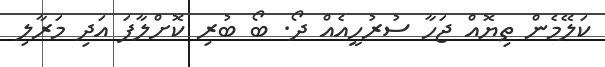
ކަލޭމެން ތިޔޮއް ޖަހާ ސުރުހީއެއް ދޯ. ބޯ ބުރި ކޮށްލާފަ އަދި މަރާލި